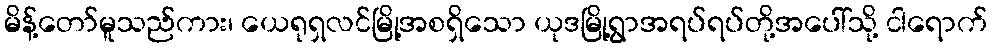
မိန့်တော်မူသည်ကား၊ ယေရုရှလင်မြို့အစရှိသော ယုဒမြို့ရွာအရပ်ရပ်တို့အပေါ်သို့ ငါရောက်